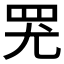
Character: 𱺷